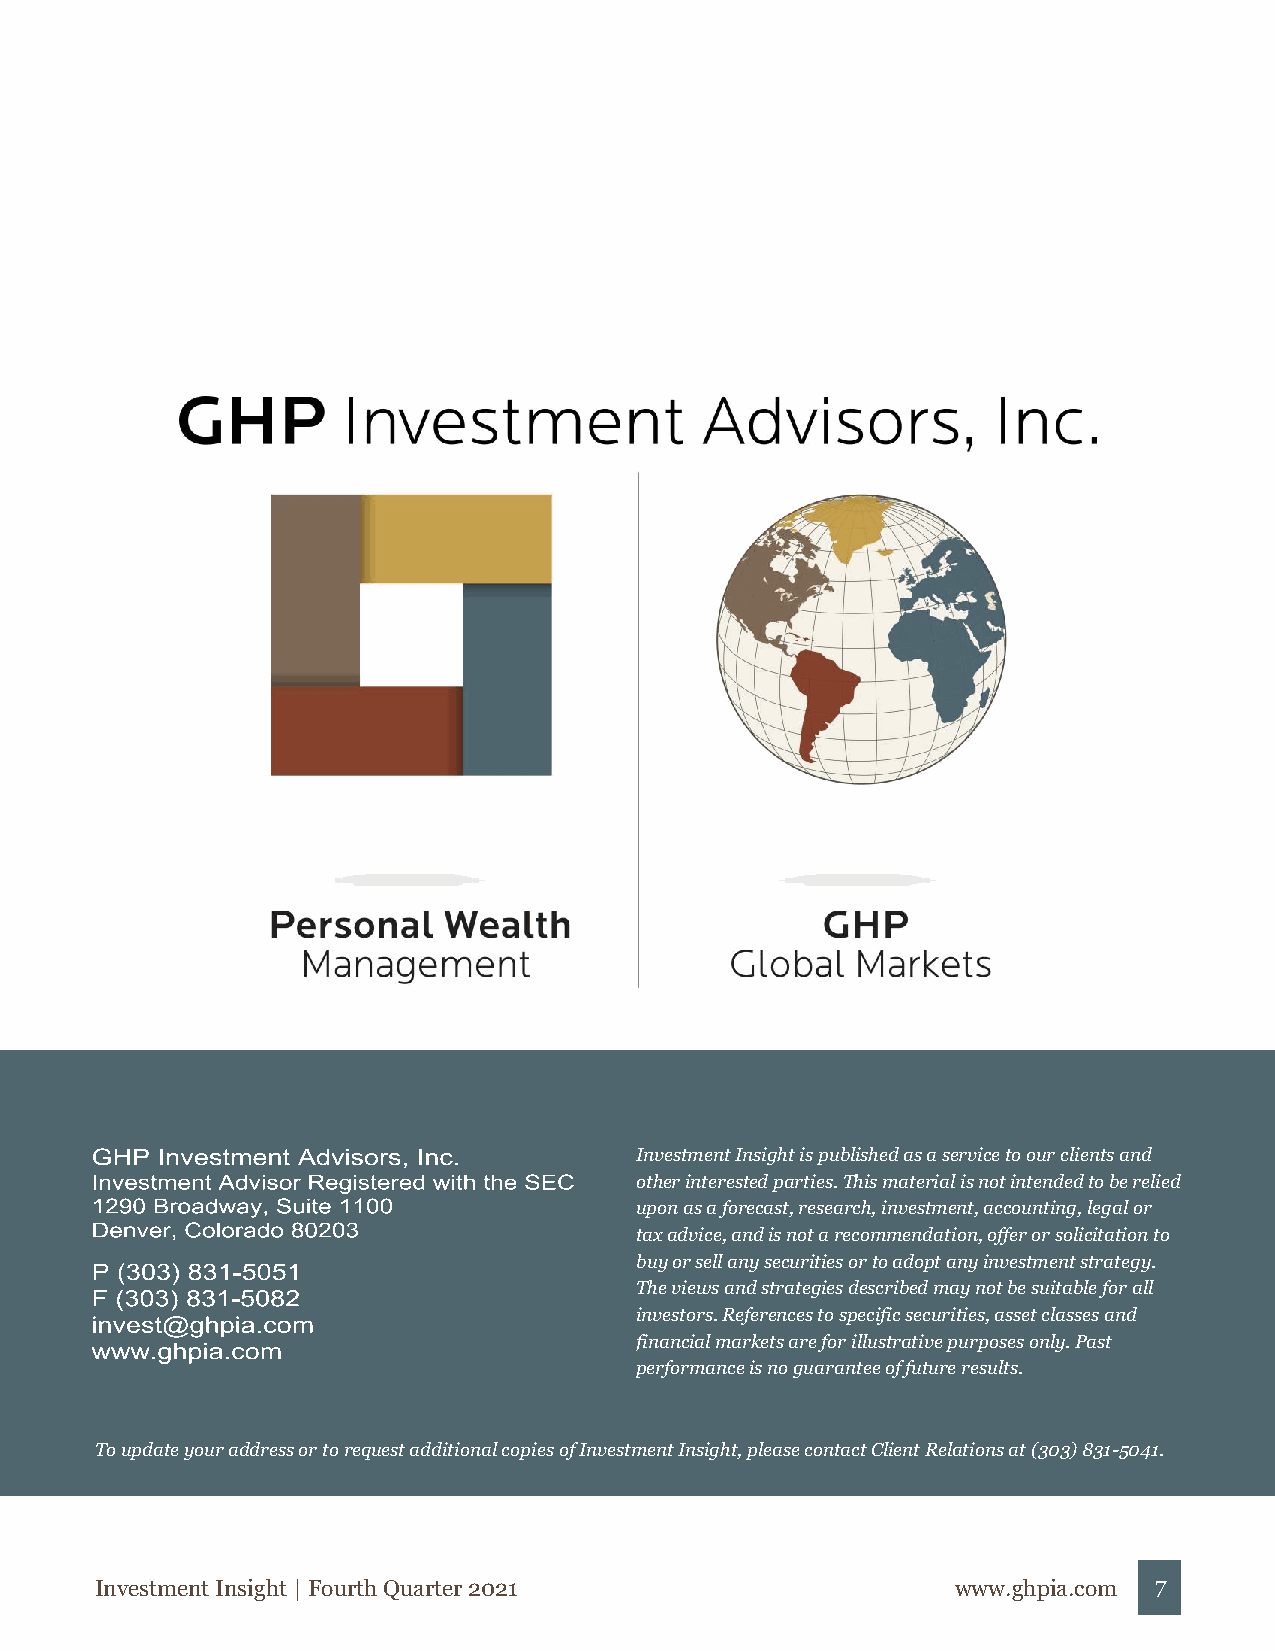
Investment Insight is published as a service to our clients and
 other interested parties. This material is not intended to be relied
 upon as a forecast, research, investment, accounting, legal or
 tax advice, and is not a recommendation, offer or solicitation to
 buy or sell any securities or to adopt any investment strategy.
 The views and strategies described may not be suitable for all
 investors. References to specific securities, asset classes and
 financial markets are for illustrative purposes only. Past
 performance is no guarantee of future results.
 To update your address or to request additional copies of Investment Insight, please contact Client Relations at (303) 831-5041.
 Investment Insight | Fourth Quarter 2021                 www.ghpia.com 7